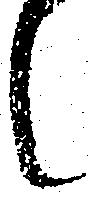
候